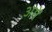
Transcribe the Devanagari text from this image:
अंगें